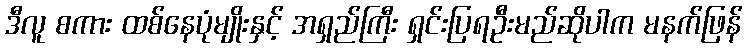
ဒီလူ စကား ထစ်နေပုံမျိုးနှင့် အရှည်ကြီး ရှင်းပြရဦးမည်ဆိုပါက မနက်ဖြန်